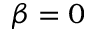
\beta = 0